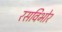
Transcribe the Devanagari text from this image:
रसविभोर